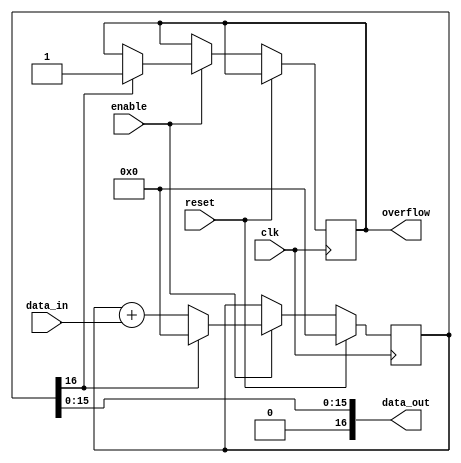
module accumulator(
    input wire clk,
    input wire reset,
    input wire enable,
    input wire [DATA_WIDTH-1:0] data_in,
    output wire [ACCUM_WIDTH-1:0] data_out,
    output wire overflow
);

parameter INT_BITS = 8; // number of integer bits
parameter FRAC_BITS = 8; // number of fractional bits
parameter DATA_WIDTH = INT_BITS + FRAC_BITS; // total data width
parameter ACCUM_WIDTH = INT_BITS + FRAC_BITS + 1; // total accumulator width (1 extra bit for overflow handling)

reg [ACCUM_WIDTH-1:0] accumulator;

always @(posedge clk) begin
    if (reset) begin
        accumulator <= 0;
    end else begin
        if (enable) begin
            accumulator <= accumulator + {1'b0, data_in}; // add input data to accumulator
            if (accumulator[ACCUM_WIDTH-1] == 1) begin // check for overflow
                overflow <= 1;
                accumulator <= 0; // reset accumulator if overflow
            end
        end
    end
end

assign data_out = accumulator[ACCUM_WIDTH-2:0]; // output accumulated value without overflow bit

endmodule